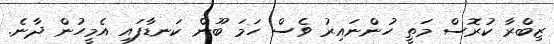
ޒިބްރާ ކުރޮސް މަތީ ހުންނައިރު ވެސް ހަމަ ބޫން ކަނޑާފައި އެމީހުން ދާނެ.